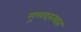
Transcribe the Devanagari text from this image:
गुलदस्त्यात